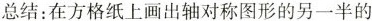
总结：在方格纸上画出轴对称图形的另一半的